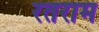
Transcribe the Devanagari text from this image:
रतराम